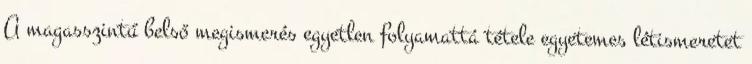
A magasszintű belső megismerés egyetlen folyamattá tétele egyetemes létismeretet